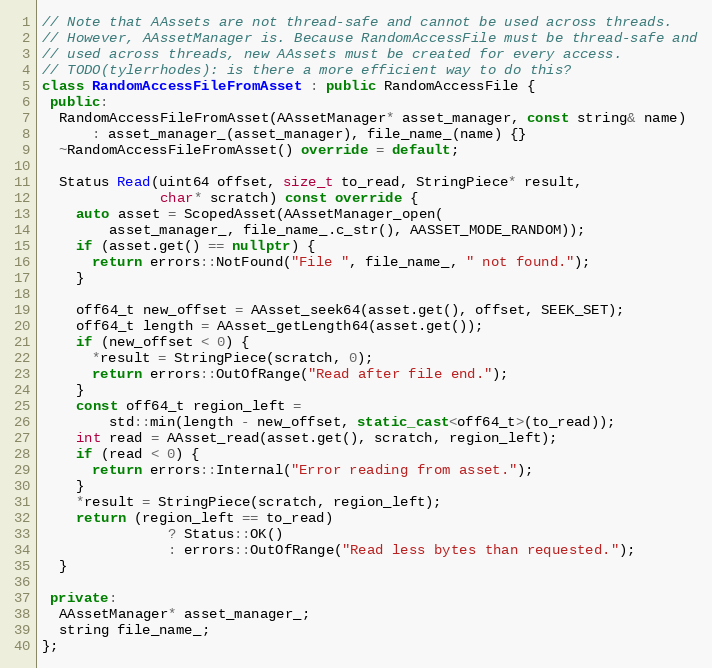
Language: C++
// Note that AAssets are not thread-safe and cannot be used across threads.
// However, AAssetManager is. Because RandomAccessFile must be thread-safe and
// used across threads, new AAssets must be created for every access.
// TODO(tylerrhodes): is there a more efficient way to do this?
class RandomAccessFileFromAsset : public RandomAccessFile {
 public:
  RandomAccessFileFromAsset(AAssetManager* asset_manager, const string& name)
      : asset_manager_(asset_manager), file_name_(name) {}
  ~RandomAccessFileFromAsset() override = default;

  Status Read(uint64 offset, size_t to_read, StringPiece* result,
              char* scratch) const override {
    auto asset = ScopedAsset(AAssetManager_open(
        asset_manager_, file_name_.c_str(), AASSET_MODE_RANDOM));
    if (asset.get() == nullptr) {
      return errors::NotFound("File ", file_name_, " not found.");
    }

    off64_t new_offset = AAsset_seek64(asset.get(), offset, SEEK_SET);
    off64_t length = AAsset_getLength64(asset.get());
    if (new_offset < 0) {
      *result = StringPiece(scratch, 0);
      return errors::OutOfRange("Read after file end.");
    }
    const off64_t region_left =
        std::min(length - new_offset, static_cast<off64_t>(to_read));
    int read = AAsset_read(asset.get(), scratch, region_left);
    if (read < 0) {
      return errors::Internal("Error reading from asset.");
    }
    *result = StringPiece(scratch, region_left);
    return (region_left == to_read)
               ? Status::OK()
               : errors::OutOfRange("Read less bytes than requested.");
  }

 private:
  AAssetManager* asset_manager_;
  string file_name_;
};